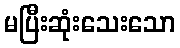
မပြီးဆုံးသေးသော